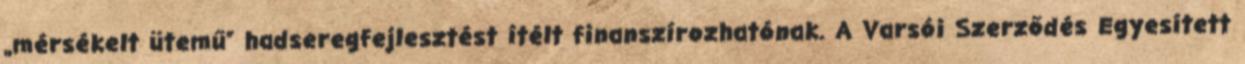
„mérsékelt ütemű” hadseregfejlesztést ítélt finanszírozhatónak. A Varsói Szerződés Egyesített